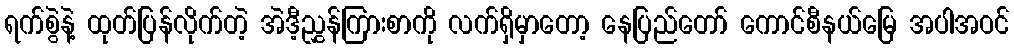
ရက်စွဲနဲ့ ထုတ်ပြန်လိုက်တဲ့ အဲဒီ့ညွှန်ကြားစာကို လက်ရှိမှာတော့ နေပြည်တော် ကောင်စီနယ်မြေ အပါအဝင်